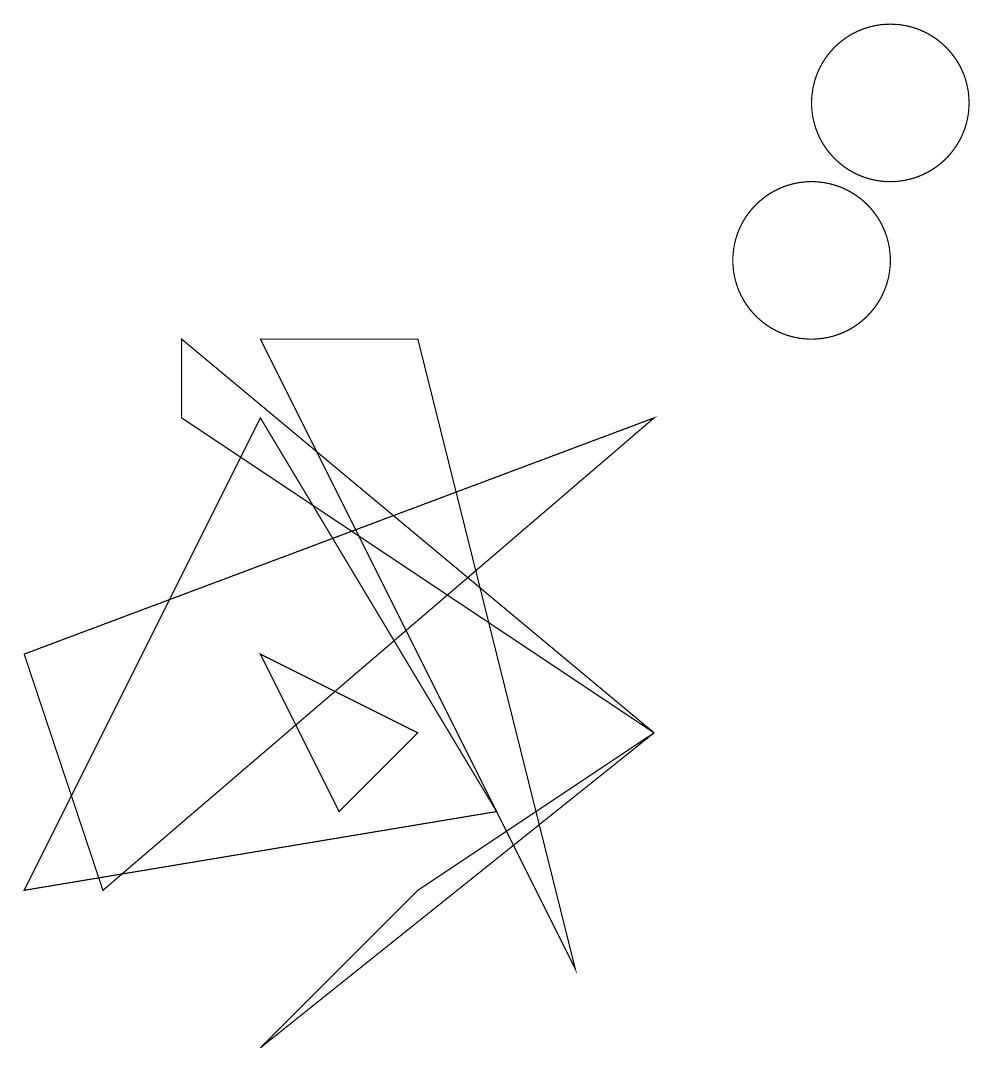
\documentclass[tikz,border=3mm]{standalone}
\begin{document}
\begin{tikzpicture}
\draw (0,2) -- (3,8) -- (6,3) -- cycle;
\draw (8,4) -- (2,9) -- (2,8) -- cycle;
\draw (11,12) circle (1);
\draw (4,3) -- (3,5) -- (5,4) -- cycle;
\draw (5,9) -- (7,1) -- (3,9) -- cycle;
\draw (3,0) -- (5,2) -- (8,4) -- cycle;
\draw (8,8) -- (0,5) -- (1,2) -- cycle;
\draw (10,10) circle (1);
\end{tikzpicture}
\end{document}